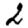
Digit: 2